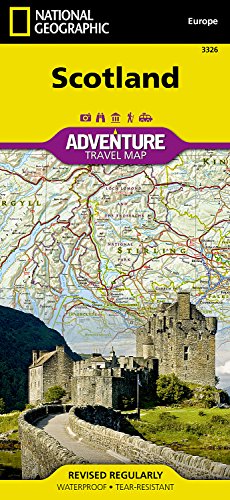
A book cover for Scotland (National Geographic Adventure Map); National Geographic Maps - Adventure; Travel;